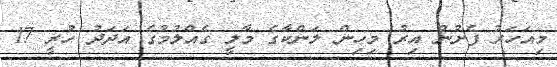
މިއަހަރު ފެށުނު އިރު މިހިން ލަންކާގެ މާލީ ގެއްލުމުގެ އަދަދު ހުރީ 17